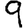
Digit: 9